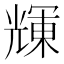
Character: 𠒽